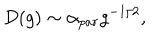
D ( g ) \sim \alpha _ { p a r } g ^ { - 1 / 2 } ,